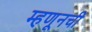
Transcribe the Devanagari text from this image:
म्हणूनची